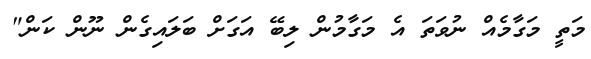
މަތީ މަގާމެއް ނުވަތަ އެ މަގާމުން ލިބޭ އަގަށް ބަލައިގެން ނޫން ކަން"